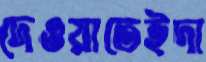
দেওয়াতেইদা